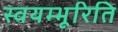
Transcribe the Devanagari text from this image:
स्वयम्भूरिति